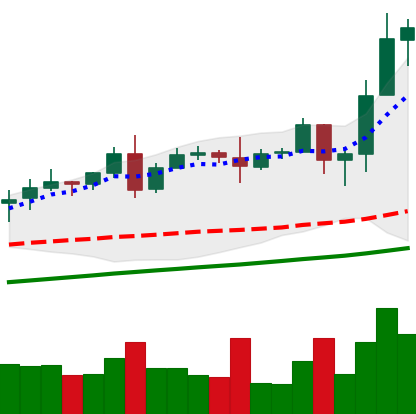
Ticker: TRX-USD
Chart end date: 2020-08-15
Forward return: 9.301%
Label: up_7plus